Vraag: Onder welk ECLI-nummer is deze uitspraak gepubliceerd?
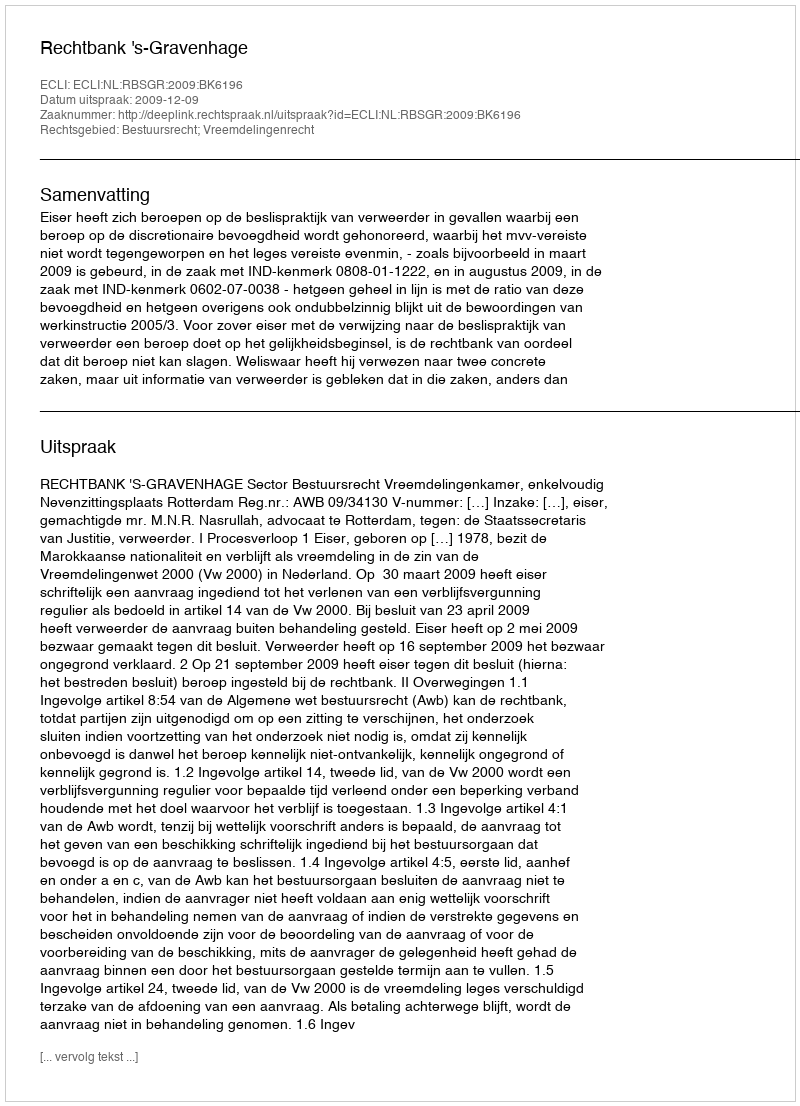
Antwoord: ECLI:NL:RBSGR:2009:BK6196